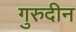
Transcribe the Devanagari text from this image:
गुरुदीन